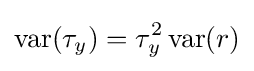
\operatorname {var} (\tau _{y})=\tau _{y}^{2}\operatorname {var} (r)